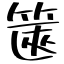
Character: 篋